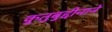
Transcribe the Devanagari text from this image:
कुतुबुद्दीनाने